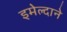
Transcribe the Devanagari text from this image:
इमेल्दाने